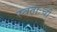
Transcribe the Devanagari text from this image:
स्वताःची